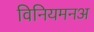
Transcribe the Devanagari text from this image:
विनियमनअ